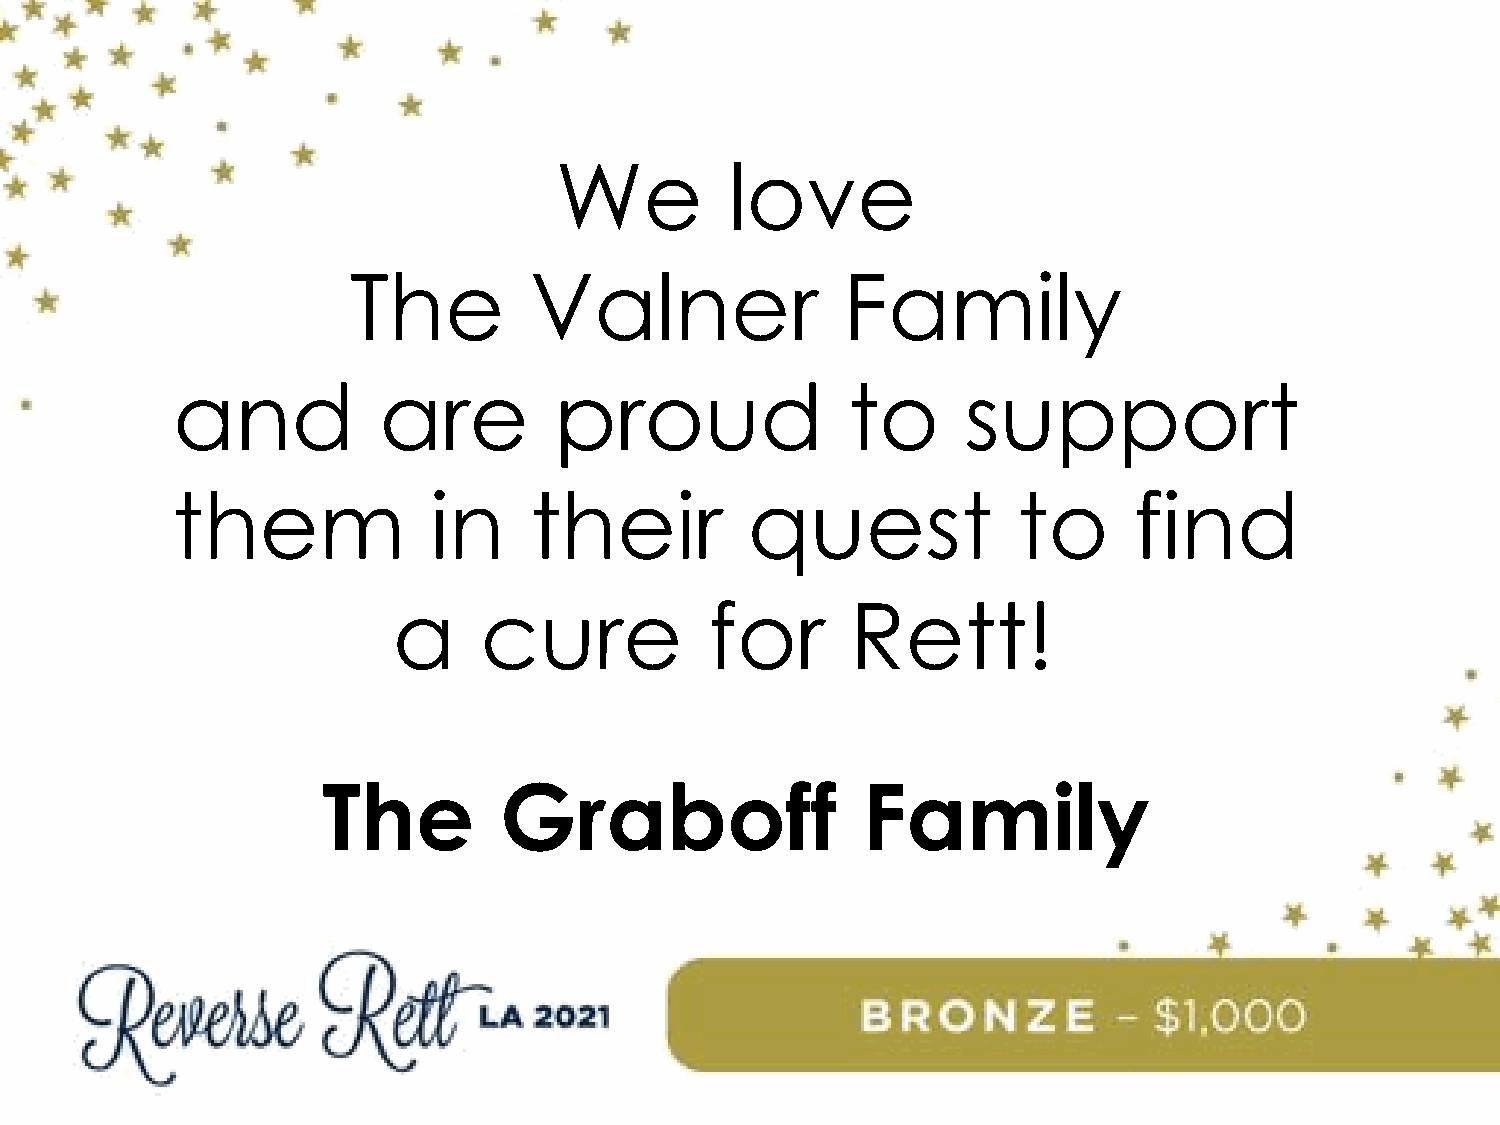
We         love
 The         Valner               Family
 and           are         proud              to      support
 them             in     their         quest             to      find
 a     cure           for      Rett!
 The         Graboff                 Family